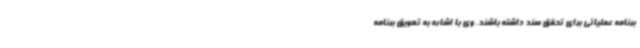
برنامه عملیاتی برای تحقق سند داشته باشند. وی با اشاره به تعویق برنامه